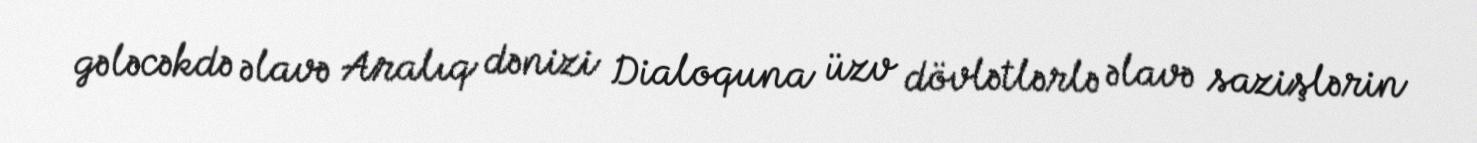
gələcəkdə əlavə Aralıq dənizi Dialoquna üzv dövlətlərlə əlavə sazişlərin